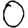
Digit: 0